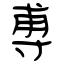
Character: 尃